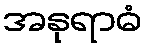
အနုရာဓံ